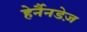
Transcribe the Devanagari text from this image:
हेर्नैनडेज़